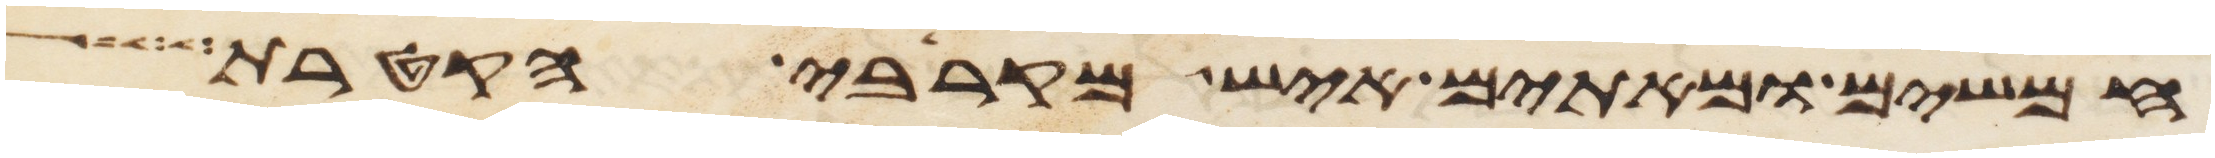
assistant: חמשים ומאתים איש מקרבי הקטרת